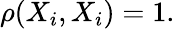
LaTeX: \rho(X_{i},X_{i})=1.